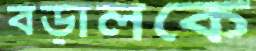
বড়ালকে